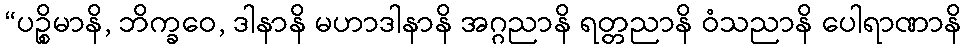
“ပဉ္စိမာနိ, ဘိက္ခဝေ, ဒါနာနိ မဟာဒါနာနိ အဂ္ဂညာနိ ရတ္တညာနိ ဝံသညာနိ ပေါရာဏာနိ